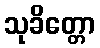
သုခိတ္တော